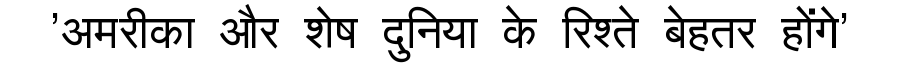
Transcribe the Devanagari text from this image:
'अमरीका और शेष दुनिया के रिश्ते बेहतर होंगे'